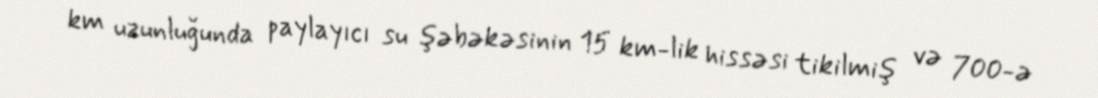
km uzunluğunda paylayıcı su şəbəkəsinin 15 km-lik hissəsi tikilmiş və 700-ə